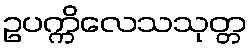
ဥပက္ကိလေသသုတ္တ